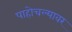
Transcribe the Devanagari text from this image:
पाहोचल्यावर